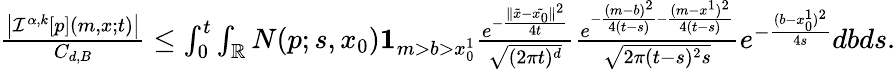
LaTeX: \begin{array}{r}{\frac{\left|{\mathcal I}^{\alpha,k}[p](m,x;t)\right|}{C_{d,B}}\leq\int_{0}^{t}\int_{{\mathbb R}}N(p;s,x_{0}){\mathbf 1}_{m>b>x_{0}^{1}}\frac{e^{-\frac{\| \tilde{x}-\tilde{x_{0}}\| ^{2}}{4t}}}{\sqrt{(2\pi t)^{d}}}\frac{e^{-\frac{(m-b)^{2}}{4(t-s)}-\frac{(m-x^{1})^{2}}{4(t-s)}}}{\sqrt{2\pi(t-s)^{2}{s}}}e^{-\frac{(b-x_{0}^{1})^{2}}{4s}}dbds.}\end{array}